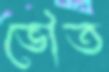
ভৌত